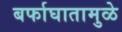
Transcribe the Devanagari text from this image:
बर्फाघातामुळे